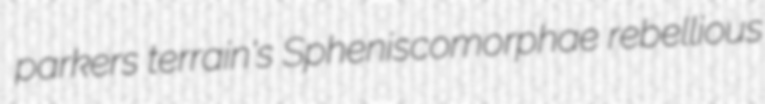
parkers terrain's Spheniscomorphae rebellious